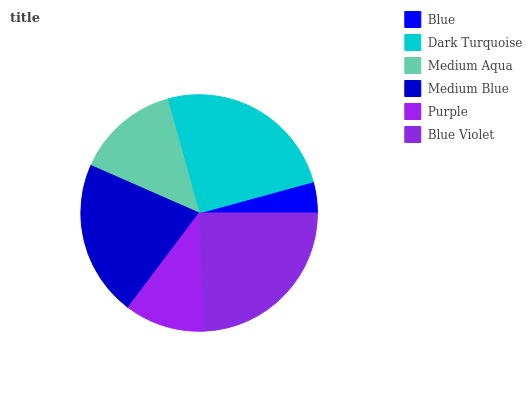
| Blue | Dark Turquoise | Medium Aqua | Medium Blue | Purple | Blue Violet |
 | --- | --- | --- | --- | --- | --- |
 | 4.23% | 25.1% | 14.1% | 21.3% | 11% | 24.2% |